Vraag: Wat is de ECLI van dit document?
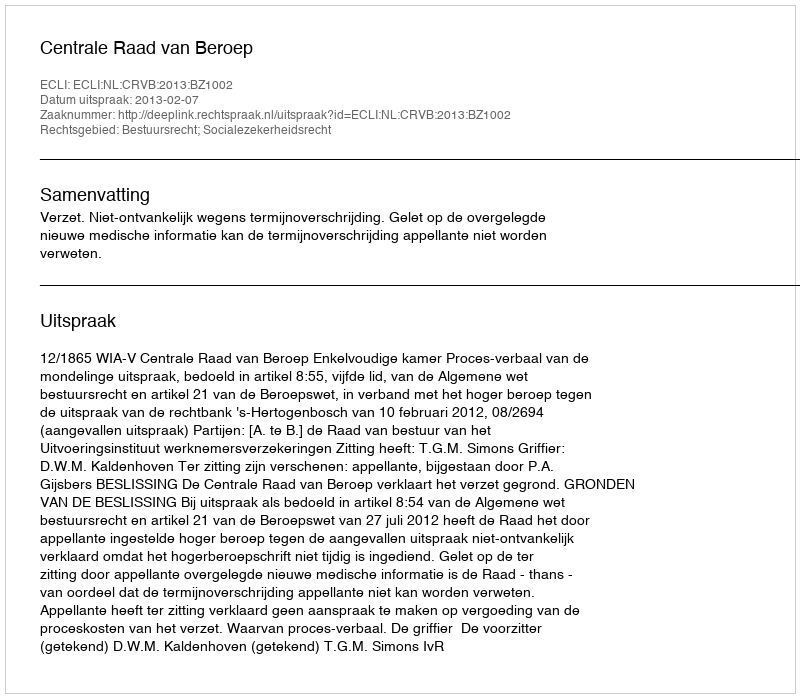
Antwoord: ECLI:NL:CRVB:2013:BZ1002